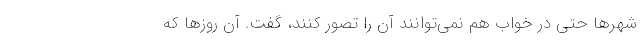
شهرها حتی در خواب‌ هم نمی‌توانند آن را تصور کنند، گفت. آن روزها که